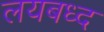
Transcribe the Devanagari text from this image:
लयबध्द